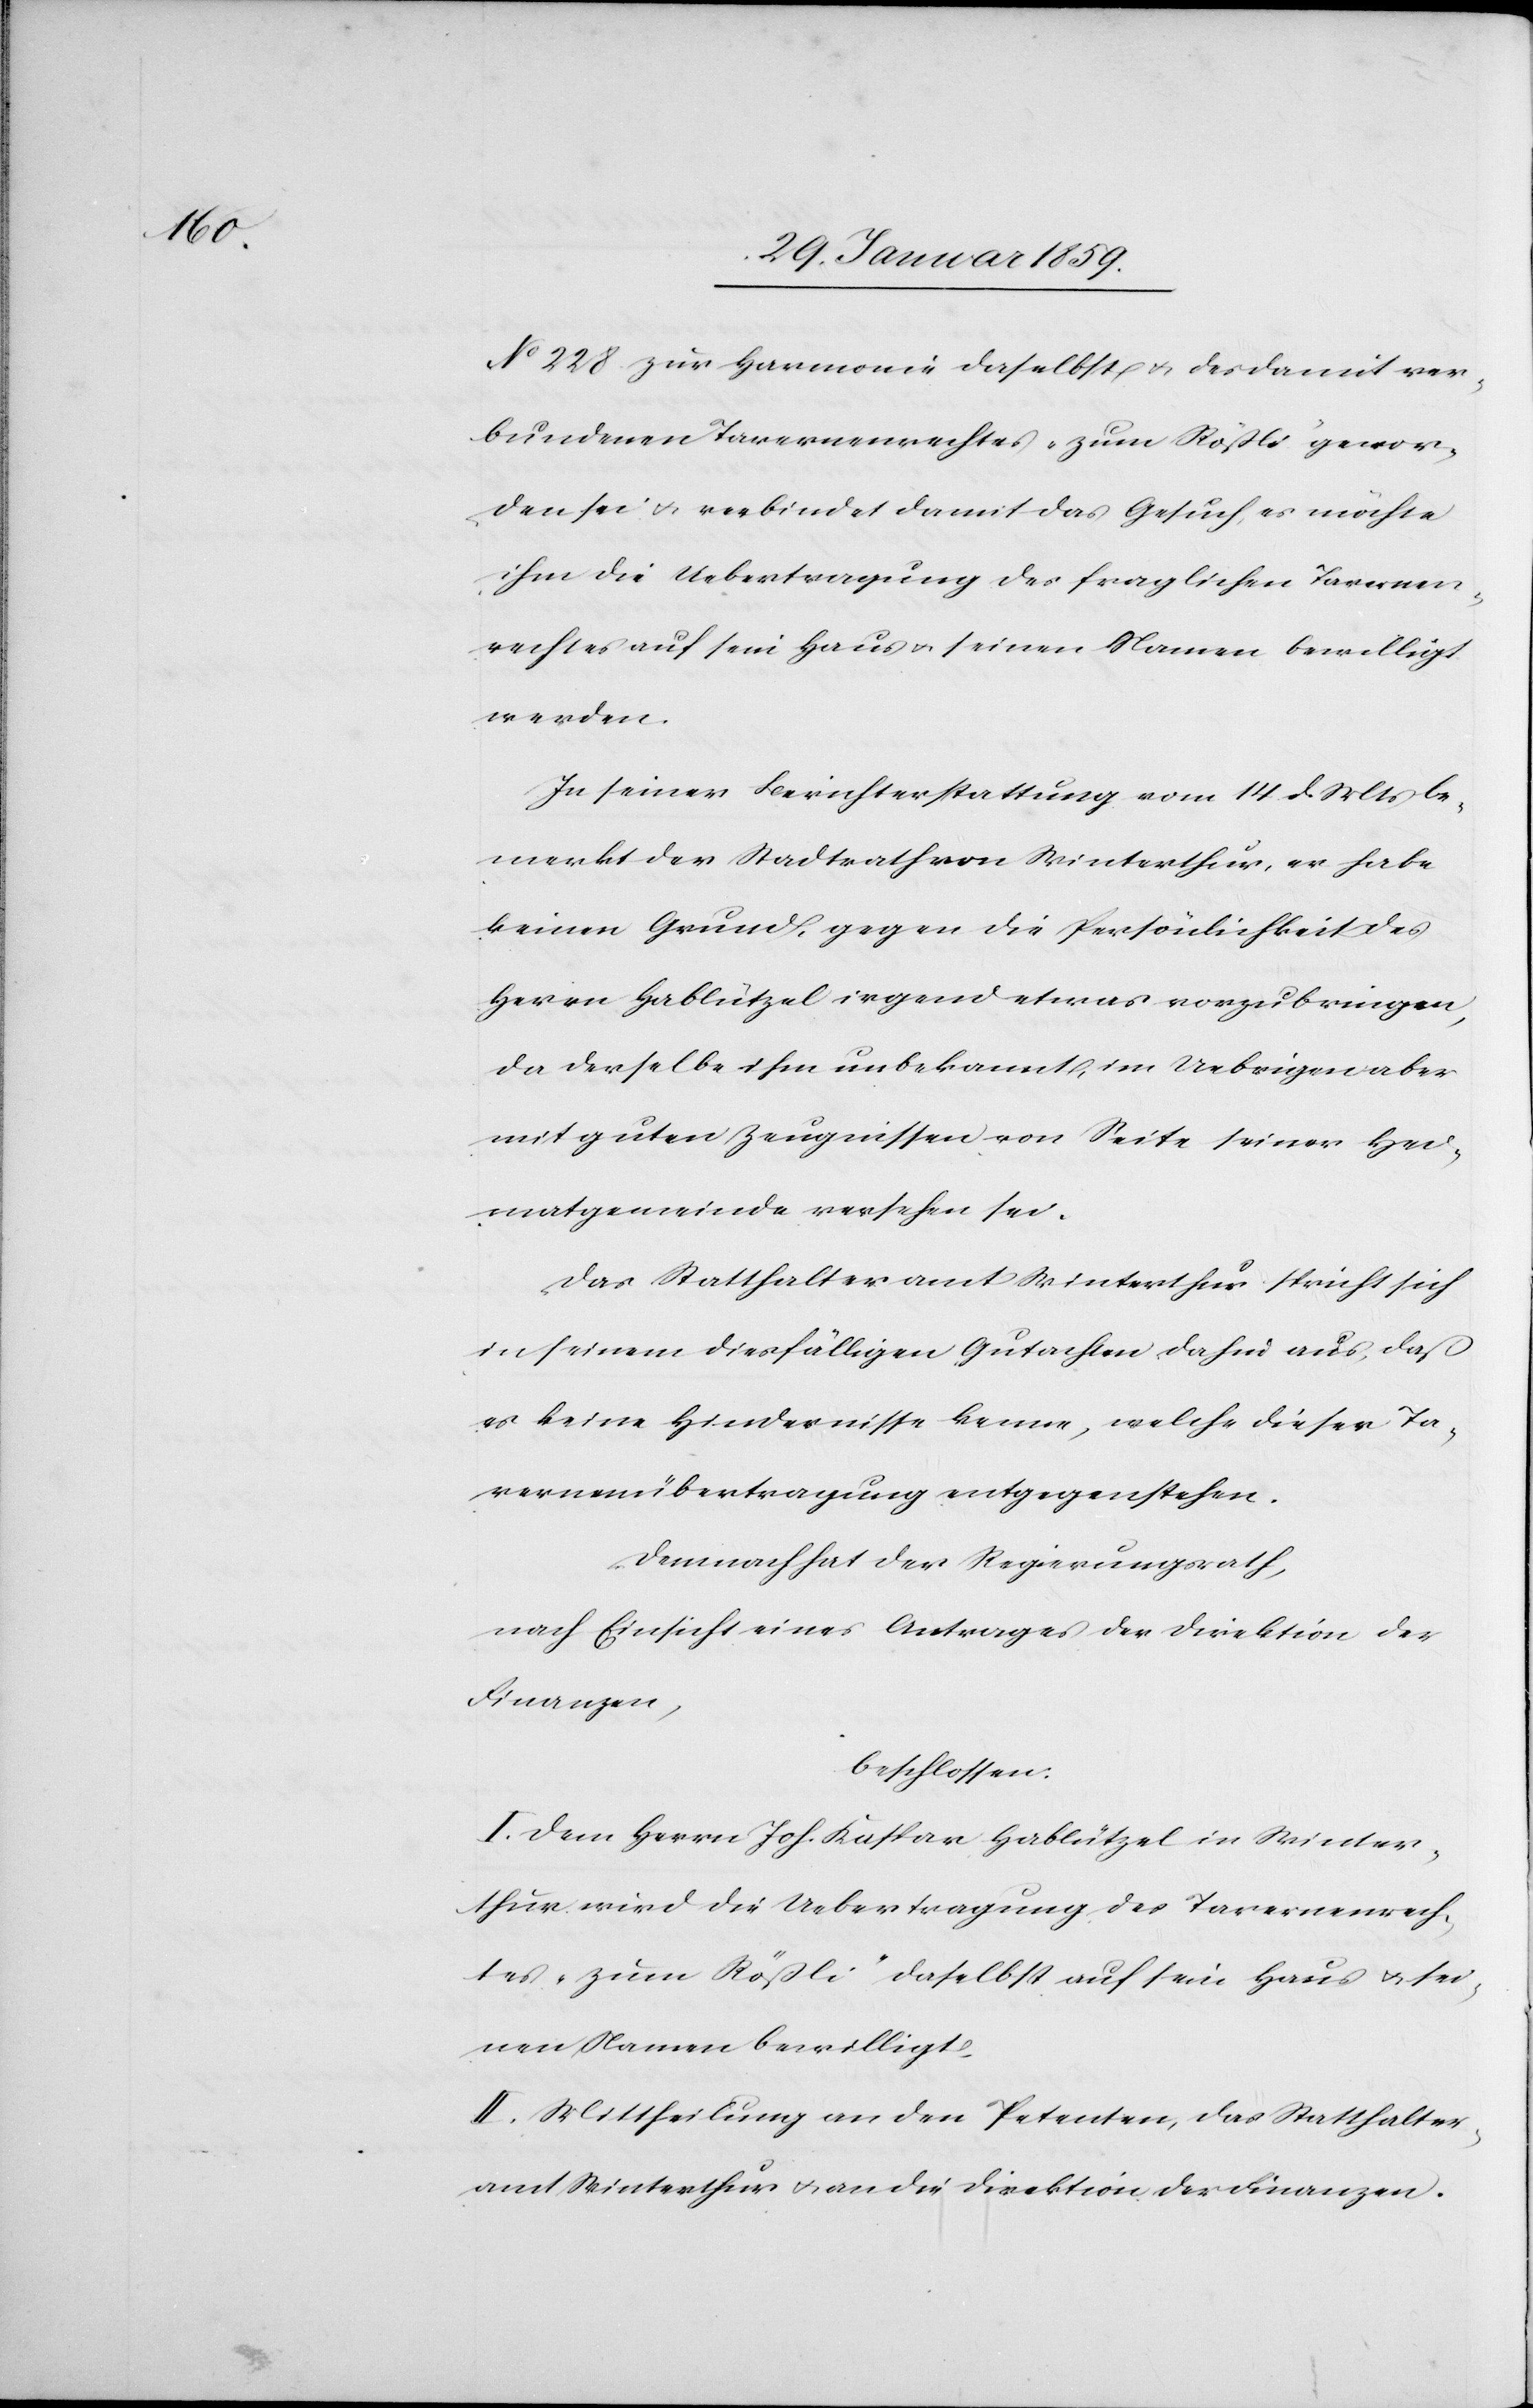
No 228 zur Harmonie daselbst u. des damit ver¬
bundenen Tavernenrechtes „zum Rößli“ gewor¬
den sei u. verbindet damit das Gesuch, es möchte
ihm die Uebertragung des fraglichen Tavernen¬
rechtes auf sein Haus u. seinen Namen bewilligt
werden.
In seiner Berichterstattung vom 14. d. Mts be¬
merkt der Stadtrath von Winterthur, er habe
keinen Grund, gegen die Persönlichkeit des
Herrn Hablützel irgend etwas vorzubringen,
da derselbe ihm unbekannt, im Uebrigen aber
mit guten Zeugnissen von Seite seiner Hei¬
matgemeinde versehen sei.
Das Statthalteramt Winterthur spricht sich
in seinem diesfälligen Gutachten dafür aus, daß
es keine Hindernisse kenne, welche dieser Ta¬
vernenübertragung entgegenstehen.
Demnach hat der Regierungsrath,
nach Einsicht eines Antrages der Direktion der
Finanzen,
beschlossen:
I. Dem Herrn Joh. Kaspar Hablützel in Winter¬
thur wird die Uebertragung des Tavernenrech¬
tes „zum Rößli“ daselbst auf sein Haus u. sei¬
nen Namen bewilligt.
II. Mittheilung an den Petenten, das Statthalter¬
amt Winterthur u. an die Direktion der Finanzen.